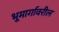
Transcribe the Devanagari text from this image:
भूमार्गावरील